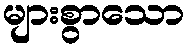
များစွာသော